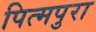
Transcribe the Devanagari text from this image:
पित्मपुरा